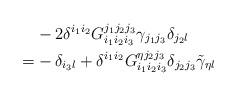
LaTeX: \begin{align*}&-2\delta^{i_1i_2} G_{i_1i_2i_3}^{j_1j_2j_3} \gamma_{j_1j_3}\delta_{j_2 l}\\=&-\delta_{i_3l}+\delta^{i_1i_2} G_{i_1i_2i_3}^{\eta j_2j_3}\delta_{j_2j_3}\tilde\gamma_{\eta l}\end{align*}